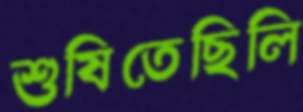
শুষিতেছিলি